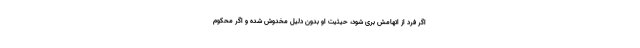
اگر فرد از اتهامش بری شود، حیثیت او بدون دلیل مخدوش شده و اگر محکوم